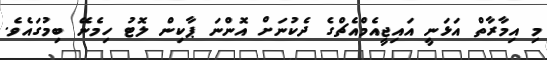
މި އިމާރާތް އަޅަނީ އައިޖީއެމްއެޗްގެ ދެކުނަށް އޮންނަ ޕާކިން ލޮޓު ހިމެނޭ ބިމުގައެވެ.